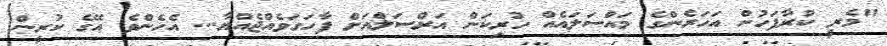
"މެރީ ކުރާފަހުން އަހަރެންގެ މައްސަލައެއް ހުރިކަން އަރްސަލްއަށް ފާހަގަވެއްޖެއްޔާ... އެހެންވެ އޭގެ ކުރީން